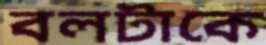
বলটাকে